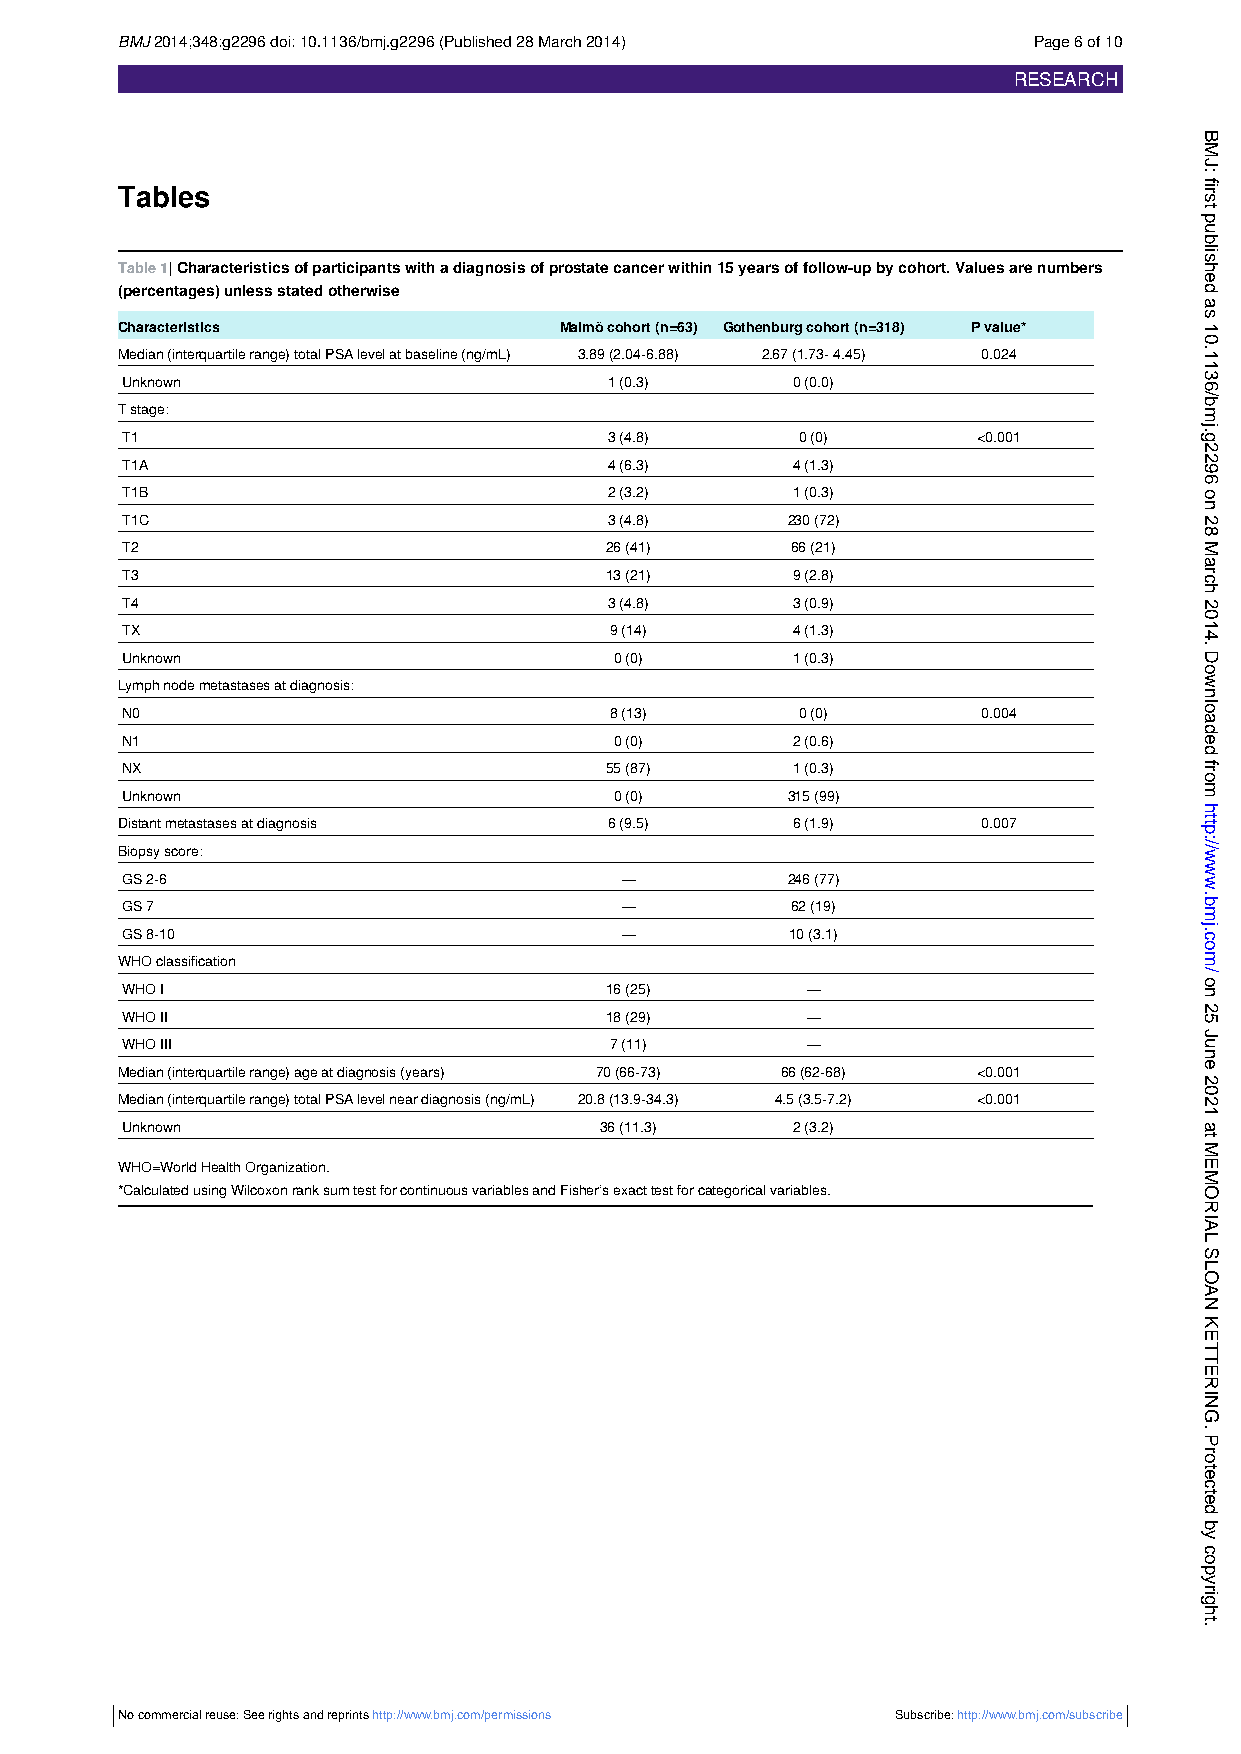
BMJ2014;348:g2296doi:10.1136/bmj.g2296(Published28March2014) Page6of10
 RESEARCH
 Tables
 Table1|Characteristicsofparticipantswithadiagnosisofprostatecancerwithin15yearsoffollow-upbycohort.Valuesarenumbers
 (percentages)unlessstatedotherwise
 Characteristics              Malmöcohort(n=63) Gothenburgcohort(n=318) Pvalue*
 Median(interquartilerange)totalPSAlevelatbaseline(ng/mL) 3.89(2.04-6.88) 2.67(1.73-4.45) 0.024
 Unknown                         1(0.3)      0(0.0)
 Tstage:
 T1                              3(4.8)       0(0)        <0.001
 T1A                             4(6.3)      4(1.3)
 T1B                             2(3.2)      1(0.3)
 T1C                             3(4.8)      230(72)
 T2                              26(41)      66(21)
 T3                              13(21)      9(2.8)
 T4                              3(4.8)      3(0.9)
 TX                              9(14)       4(1.3)
 Unknown                          0(0)       1(0.3)
 Lymphnodemetastasesatdiagnosis:
 N0                              8(13)        0(0)        0.004
 N1                               0(0)       2(0.6)
 NX                              55(87)      1(0.3)
 Unknown                          0(0)       315(99)
 Distantmetastasesatdiagnosis    6(9.5)      6(1.9)       0.007
 Biopsyscore:
 GS2-6                            —          246(77)
 GS7                              —          62(19)
 GS8-10                           —          10(3.1)
 WHOclassification
 WHOI                            16(25)       —
 WHOII                           18(29)       —
 WHOIII                          7(11)        —
 Median(interquartilerange)ageatdiagnosis(years) 70(66-73) 66(62-68) <0.001
 Median(interquartilerange)totalPSAlevelneardiagnosis(ng/mL) 20.8(13.9-34.3) 4.5(3.5-7.2) <0.001
 Unknown                         36(11.3)    2(3.2)
 WHO=WorldHealthOrganization.
 *CalculatedusingWilcoxonranksumtestforcontinuousvariablesandFisher’sexacttestforcategoricalvariables.
 No commercial reuse: See rights and reprints http://www.bmj.com/permissions Subscribe:http://www.bmj.com/subscribe
 BMJ:
 first
 published
 as
 10.1136/bmj.g2296
 on
 28
 March
 2014.
 Downloaded
 from
 http://www.bmj.com/
 on
 25
 June
 2021
 at
 MEMORIAL
 SLOAN
 KETTERING.
 Protected
 by
 copyright.